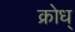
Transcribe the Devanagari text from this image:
क्रोध्